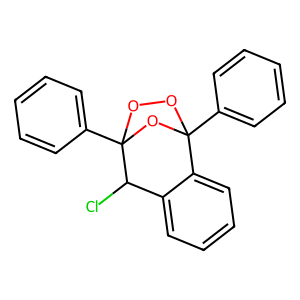
SMILES: ClC1c2ccccc2C2(c3ccccc3)OOC1(c1ccccc1)O2
Inhibits HIV replication: No